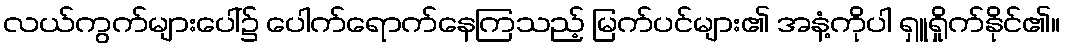
လယ်ကွက်များပေါ်၌ ပေါက်ရောက်နေကြသည့် မြက်ပင်များ၏ အနံ့ကိုပါ ရှူရှိုက်နိုင်၏။